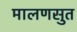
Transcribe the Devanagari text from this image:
मालणसुत